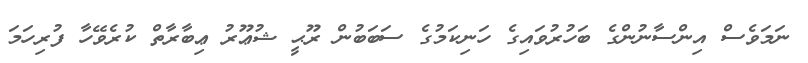
ނަމަވެސް އިންސާނުންގެ ބަހުރުވައިގެ ހަނިކަމުގެ ސަބަބުން ރޫޙީ ޝުޢޫރު ޢިބާރާތް ކުރެވޭހާ ފުރިހަމަ